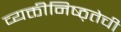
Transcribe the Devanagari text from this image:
व्यक्तीनिष्ठ्तेची